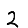
Digit: 2